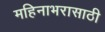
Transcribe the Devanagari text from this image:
महिनाभरासाठी